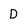
Character: D